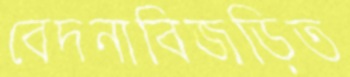
বেদনাবিজড়িত